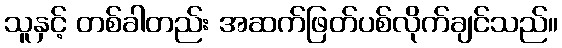
သူနှင့် တစ်ခါတည်း အဆက်ဖြတ်ပစ်လိုက်ချင်သည်။